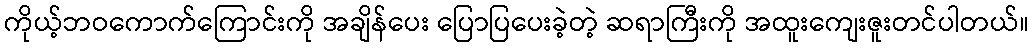
ကိုယ့်ဘဝကောက်ကြောင်းကို အချိန်ပေး ပြောပြပေးခဲ့တဲ့ ဆရာကြီးကို အထူးကျေးဇူးတင်ပါတယ်။